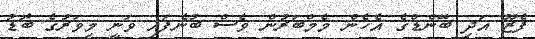
ފެޒޫ އަދި ބޭންޑްގެ އެހެން މެމްބަރުން ވެސް ބުނެފައި ވަނީ މިވަރުގެ ބޮޑު